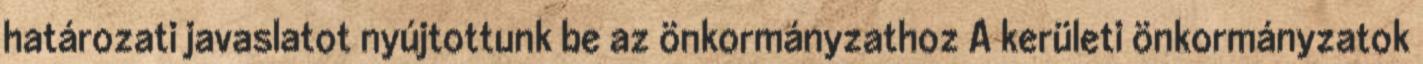
határozati javaslatot nyújtottunk be az önkormányzathoz A kerületi önkormányzatok